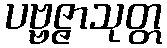
ပဗ္ဗဇ္ဇာသုတ္တ